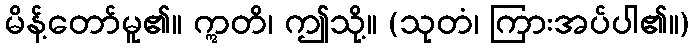
မိန့်တော်မူ၏။ ဣတိ၊ ဤသို့။ (သုတံ၊ ကြားအပ်ပါ၏။)